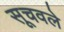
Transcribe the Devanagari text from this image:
सूचवले